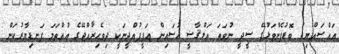
އައްސައްޔިދު ބޮޑުފެންވަޅުގޭ ސީދީ ނުވަތަ އަލްޤާޟީ ޙުސައިން ޢަފީފުއްދީނަކީ ދިވެހިރާއްޖޭގެ އުއްތަމަ ފަނޑިޔާރުކަން